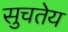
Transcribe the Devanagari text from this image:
सुचतेय